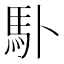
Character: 𩡭